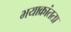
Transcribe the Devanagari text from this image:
भयाक्रांतता